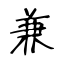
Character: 兼